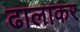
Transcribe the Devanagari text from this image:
ढालाकर